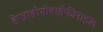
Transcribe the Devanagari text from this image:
हेग्ज़ाब्रोमोबाईफीनाइल